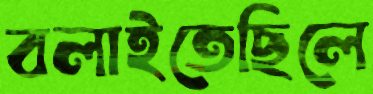
বলাইতেছিলে